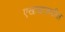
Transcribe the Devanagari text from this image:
एखाद्याकडील